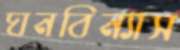
ঘনবিন্যাস